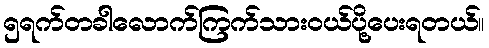
၅ရက်တခါလောက်ကြက်သားဝယ်ပို့ပေးရတယ်။